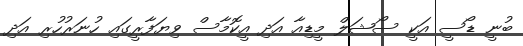
ބުނީ ޑޯސީ އަކީ ސޯޝަލް މީޑިއާ އަދި އީކޮމާސް ވިޔަފާރީގައި ހުނަރުހުރި އަދި